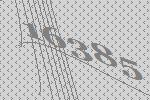
16385